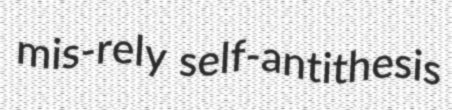
mis-rely self-antithesis